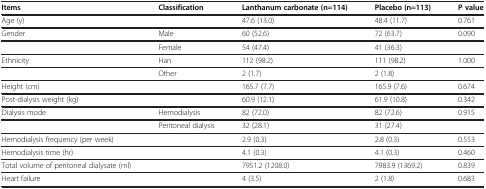
<table><thead><tr><td><b>Items</b></td><td><b>Classification</b></td><td><b>Lanthanum carbonate(n=114)</b></td><td><b>Placebo(n=113)</b></td><td><b>P value</b></td></tr></thead><tbody><tr><td>Age (y)</td><td> </td><td>47.6 (13.0)</td><td>48.4 (11.7)</td><td>0.761</td></tr><tr><td>Gender</td><td>Male</td><td>60 (52.6)</td><td>72 (63.7)</td><td>0.090</td></tr><tr><td> </td><td>Female</td><td>54 (47.4)</td><td>41 (36.3)</td><td> </td></tr><tr><td>Ethnicity</td><td>Han</td><td>112 (98.2)</td><td>111 (98.2)</td><td>1.000</td></tr><tr><td> </td><td>Other</td><td>2 (1.7)</td><td>2 (1.8)</td><td> </td></tr><tr><td>Height (cm)</td><td> </td><td>165.7 (7.7)</td><td>165.9 (7.6)</td><td>0.674</td></tr><tr><td>Post-dialysis weight (kg)</td><td> </td><td>60.9 (12.1)</td><td>61.9 (10.8)</td><td>0.342</td></tr><tr><td>Dialysis mode</td><td>Hemodialysis</td><td>82 (72.0)</td><td>82 (72.6)</td><td>0.915</td></tr><tr><td> </td><td>Peritoneal dialysis</td><td>32 (28.1)</td><td>31 (27.4)</td><td> </td></tr><tr><td>Hemodialysis frequency (per week)</td><td> </td><td>2.9 (0.3)</td><td>2.8 (0.3)</td><td>0.553</td></tr><tr><td>Hemodialysis time (hr)</td><td> </td><td>4.1 (0.3)</td><td>4.1 (0.3)</td><td>0.460</td></tr><tr><td>Total volume of peritoneal dialysate (ml)</td><td> </td><td>7951.2 (1208.0)</td><td>7983.9 (1369.2)</td><td>0.839</td></tr><tr><td>Heart failure</td><td> </td><td>4 (3.5)</td><td>2 (1.8)</td><td>0.683</td></tr></tbody></table>